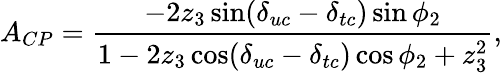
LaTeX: A_{CP}=\frac{-2z_{3}\sin(\delta_{uc}-\delta_{tc})\sin\phi_{2}}{1-2z_{3}\cos(\delta_{uc}-\delta_{tc})\cos\phi_{2}+z_{3}^{2}},